Report of the Municipal Commissioner on the plague in Bombay for the year ending 31st May... - Volume 1
Disease focus: Plague
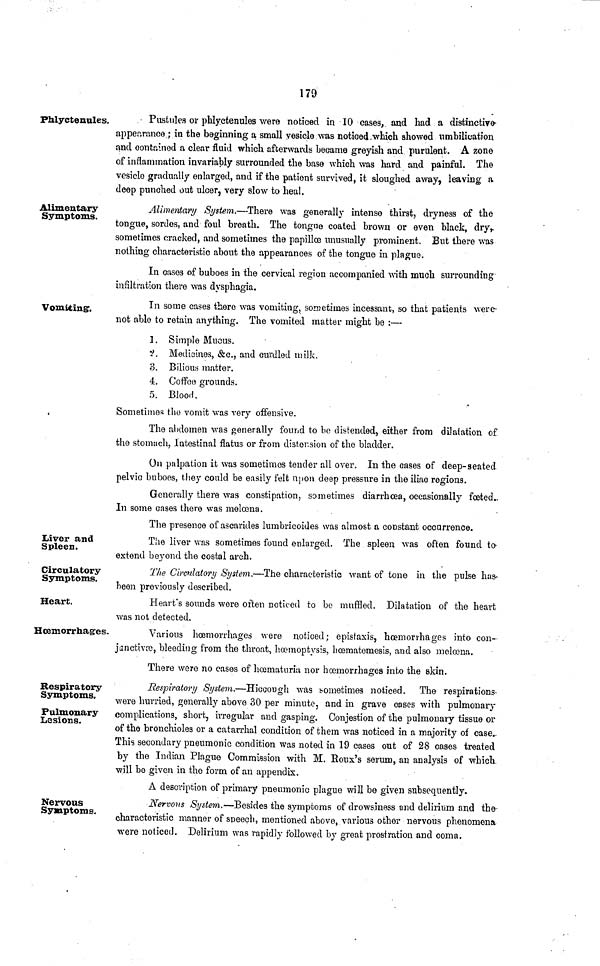
179
Phlyctenules.
Pustules or phlyctenules were noticed in 10 cases, and had a distinctive
appearance; in the beginning a small vesicle was noticed which showed nmbilication
and contained a clear fluid which afterwards became greyish and purulent. A zone
of inflammation invariably surrounded the base which was hard and painful. The
vesicle gradually enlarged, and if the patient survived, it sloughed away, leaving a
deep punched out ulcer, very slow to heal.
Alimentary
Symptoms.
Alimentary System.—-There was generally intense thirst, dryness of the
tongue, sordes, and foul breath. The tongne coated brown or even black, dry,
sometimes cracked, and sometimes the papilloe unusually prominent. But there was
nothing characteristic about the appearances of the tongue in plague.
In cases of buboes in the cervical region accompanied with much surrounding
infiltration there was dysphagia.
Vomiting:.
In some cases there was vomiting, sometimes incessant, so that patients were
not able to retain anything. The vomited matter might be :—
1. Simple Mucus.
?. Medicines, &c., and curdled milk.
3. Bilious matter.
4. Coffee grounds.
5. Bloo.1.
Sometimes tho vomit was very offensive.
The abdomen was generally found to be distended, either from dilatation of
the stomach, Intestinal flatus or from distension of the bladder.
On palpation it was sometimes tender all over. In the cases of deep-seated
pelvic buboes, they could be easily felt upon deep pressure in the iliac regions.
Generally there was constipation, sometimes diarrhoea, occasionally foeted.
In some cases there was melœna.
The presence of ascarides lumbricoides was almost a constant occorrence.
Liver and
Spleen.
The liver was sometimes found enlarged. The spleen was often found to
extend beyond the costal arch.
Circulatory
Symptoms.
The Circulatory System,—The characteristic want of tone in the pulse has-
been previously described.
Heart.
Heart's sounds were often noticed to be muffled. Dilatation of the heart
was not detected.
Hœmorrhages.
Various haemorrhages were noticed: epistaxis, haemorrhages into con-
janciivce, bleeding from the throat, haemoptysis, hcematemesis, and also melœna.
There were no cases of hcematuria nor haemorrhages into the skin.
Respiratory
Symptoms.
Pulmonary
Lesions.
Respiratory System.—Hiccough was sometimes noticed. The respirations
were hurried, generally above 30 per minute, and in grave cases with pulmonary
complications, short, irregular and gasping. Congestion of the pulmonary tissue or
of the bronchioles or a catarrhal condition of them was noticed in a majority of case.
This secondary pneumonic condition was noted in 19 cases out of 28 cases treated
by the Indian Plague Commission with M. Koux's serum, an analysis of which
will be given in the form of an appendix.
A description of primary pneumonic plague will be given subsequently.
Nervous
Symptoms.
Nervous System.—-Besides the symptoms of drowsiness and delirium and the
characteristic manner of speech, mentioned above, various other nervous phenomena
were noticed. Delirium was rapidly followed by great prostration and coma.